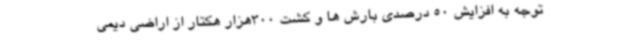
توجه به افزایش 50 درصدی بارش ها و کشت 300هزار هکتار از اراضی دیمی